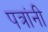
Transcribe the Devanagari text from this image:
पत्रांनी